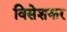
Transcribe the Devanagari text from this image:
विसेशकर